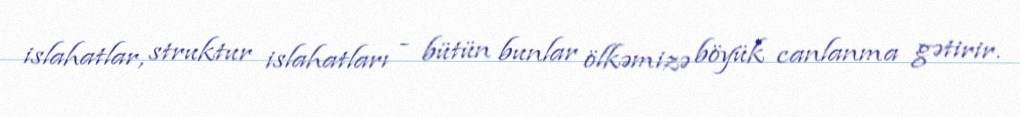
islahatlar, struktur islahatları - bütün bunlar ölkəmizə böyük canlanma gətirir.